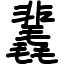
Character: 䩁